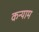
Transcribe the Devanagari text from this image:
कन्याम